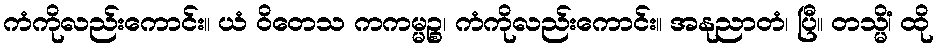
ကံကိုလည်းကောင်း။ ယံ ဝိတေသ ကကမ္မဉ္စ၊ ကံကိုလည်းကောင်း။ အနုညာတံ၊ ပြီ။ တသ္မိံ၊ ထို